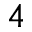
^ 4